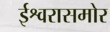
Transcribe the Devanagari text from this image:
ईश्वरासमोर